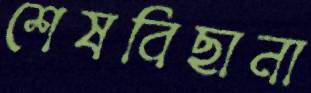
শেষবিছানা